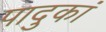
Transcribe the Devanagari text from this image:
पादुकां